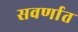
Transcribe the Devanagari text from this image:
सवर्णात